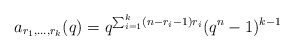
\begin{align*}a_{r_1, \ldots, r_k}(q) = q^{\sum_{i = 1}^k (n - r_i - 1)r_i} (q^n - 1)^{k - 1}\end{align*}